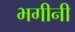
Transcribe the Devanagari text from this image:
भगीनी